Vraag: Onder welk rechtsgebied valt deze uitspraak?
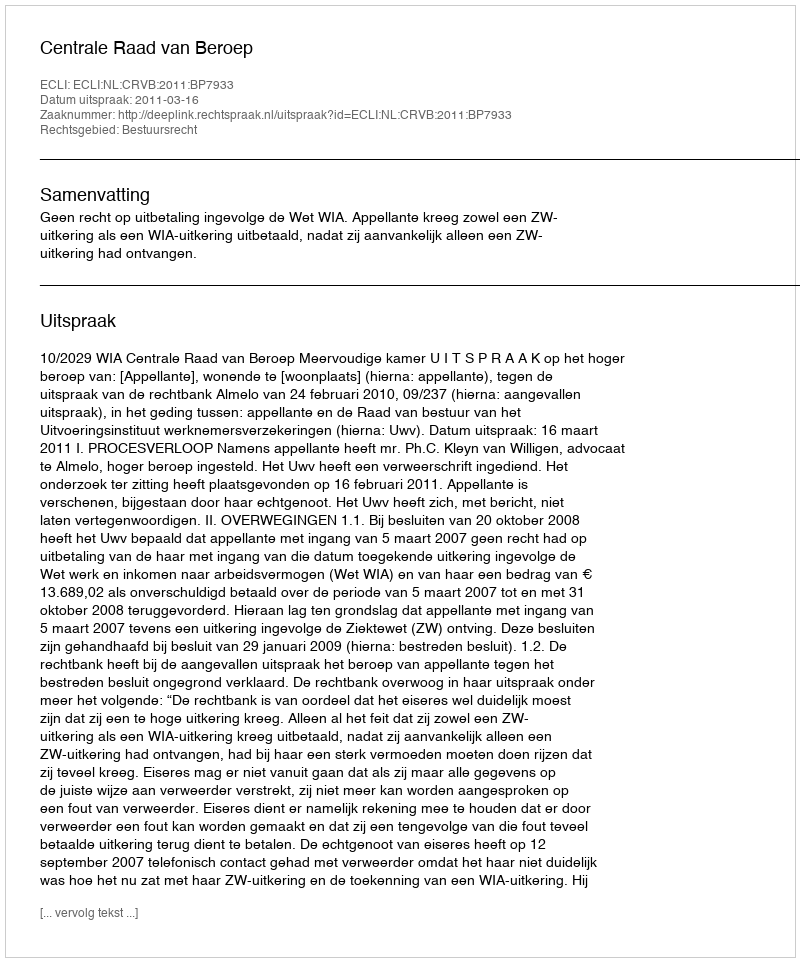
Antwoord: Bestuursrecht